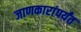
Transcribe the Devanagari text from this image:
जाणकारांपर्यंत